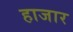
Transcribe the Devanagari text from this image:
हाजार